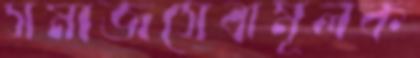
সমাজসেবামূলক